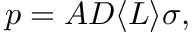
p = A D \langle L \rangle \sigma ,